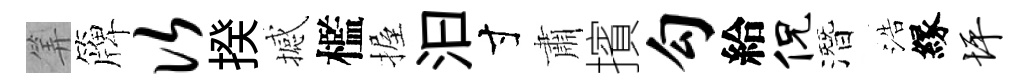
筭簰次揆撼檻握汩寸肅擯勾給侃潛浩縁坪